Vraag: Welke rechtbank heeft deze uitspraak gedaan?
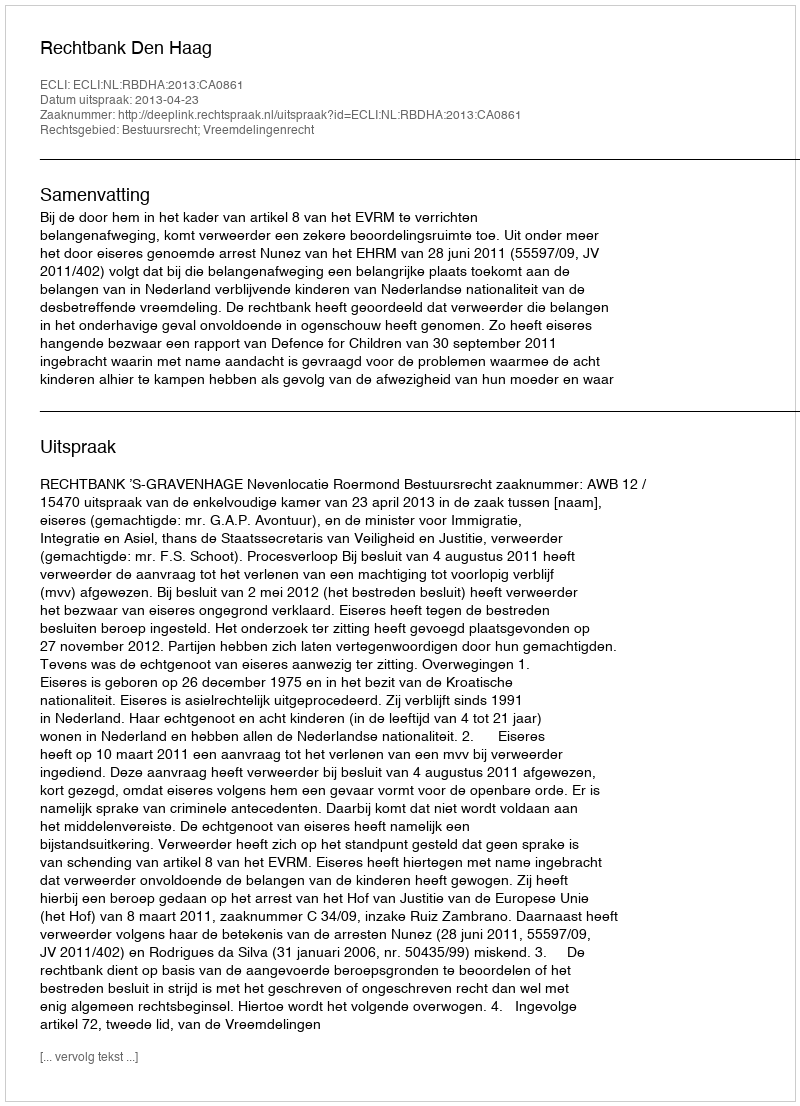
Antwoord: Rechtbank Den Haag